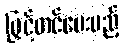
မြှင့်တင်ပေးမည့်